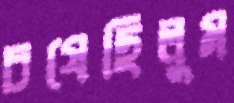
চষেছিলুম